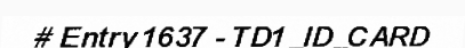
# Entry 1637 - TD1_ID_CARD